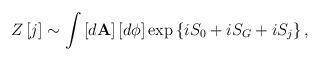
LaTeX: \begin{align*}Z\left[ j\right] \sim \int \left[ d\mathbf{A}\right] \left[ d\phi \right]\exp \left\{ iS_0+iS_G+iS_j\right\} ,\end{align*}